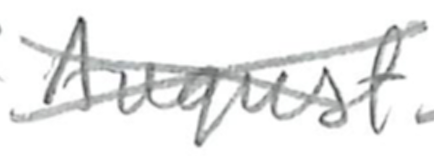
Text: August
Cross-out: cross
Writing tool: pencil